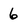
Character: 6